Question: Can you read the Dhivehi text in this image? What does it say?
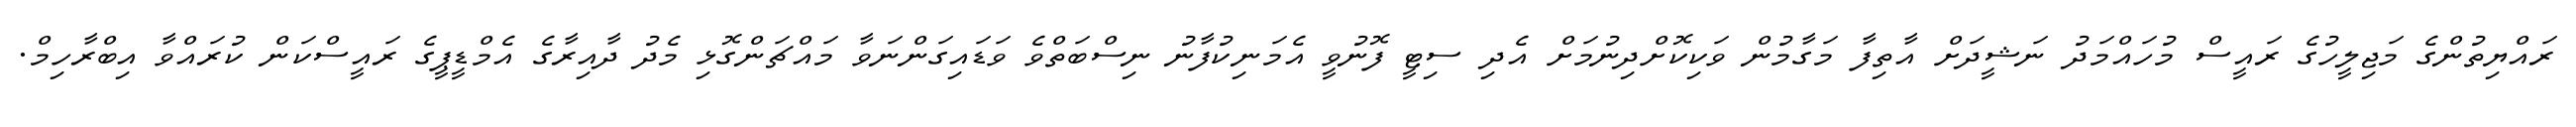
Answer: ރައްޔިތުންގެ މަޖިލީހުގެ ރައީސް މުހައްމަދު ނަޝީދަށް އާތިފާ މަގާމުން ވަކިކޮށްދިނުމަށް އެދި ސިޓީ ފޮނުވީ އެމަނިކުފާނު ނިސްބަތްވެ ވަޑައިގަންނަވާ މައްޗަންގޮޅި މެދު ދާއިރާގެ އެމްޑީޕީގެ ރައީސްކަން ކުރައްވާ އިބްރާހިމް.